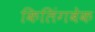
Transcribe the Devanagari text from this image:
किलिंगबेक